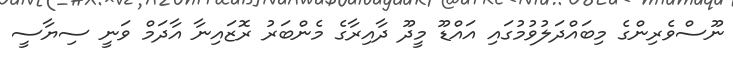
ނޫސްވެރިންގެ މިބައްދަލުުވުމުގައި އައްޑޫ މީދޫ ދާއިރާގެ މެންބަރު ރޮޒައިނާ އާދަމް ވަނީ ސިޔާސީ